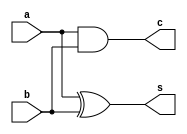
`timescale 1ns / 1ps
//////////////////////////////////////////////////////////////////////////////////
// Company: 
// Engineer: 
// 
// Design Name: 
// Module Name: half_adder_bm
// Project Name: 
// Target Devices: 
// Tool Versions: 
// Description: 
// 
// Dependencies: 
// 
// Revision:
// Revision 0.01 - File Created
// Additional Comments:
// 
//////////////////////////////////////////////////////////////////////////////////


module half_adder_bm(
input a,b,
output reg s,c
    );
always @ (a,b);
initial begin
s = a ^ b;
c = a & b;
end
endmodule